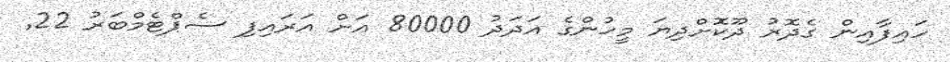
ހައިފާއިން ގެދޮރު ދޫކޮށްދިޔަ މީހުންގެ އަދަދު 80000 އަށް އަރައިފި ސެޕްޓެމްބަރު 22